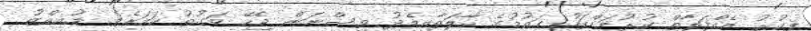
ފިކުރު އެއްފަރާތް ކުރުމަށްފަހު ގައުމުގެ ހާލަތާއިމެދު ވިސްނަން ޖެހޭ ވަގުތު ކަމަށެވެ. މުއިއްޒު